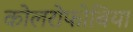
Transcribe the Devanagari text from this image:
कोलरोफोबिया